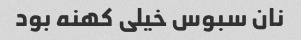
نان سبوس خیلی کهنه بود